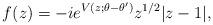
LaTeX: \begin{align*}f(z)=-ie^{V(z;\theta-\theta')}z^{1/2}|z-1|,\end{align*}